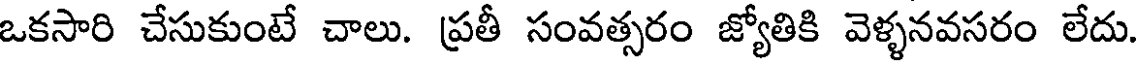
ఒకసారి చేసుకుంటే చాలు. ప్రతీ సంవత్సరం జ్యోతికి వెళ్ళనవసరం లేదు.